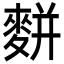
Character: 䴵